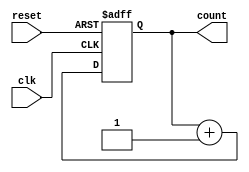
module up_counter( input clk, reset,
output reg [1:0] count);
always @(posedge clk, negedge reset) 
begin
if (!reset) 
begin
count <= 2'b0; 
end
else
begin 
count <= count + 1; 
end 
end
endmodule